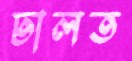
ঢালত